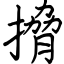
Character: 搚